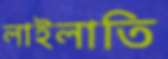
লাইলাতি